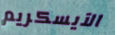
الآيسكريم